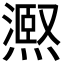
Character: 𭶉